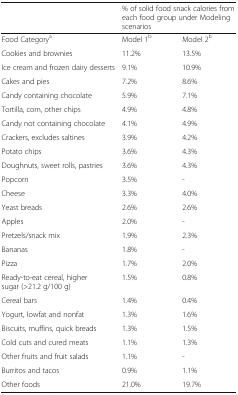
|  | <COLSPAN=2> % of solid food snack calories from each food group under Modeling scenarios |
 | --- | --- | --- |
 | Food Categorya | Model 1b | Model 2b |
 | Cookies and brownies | 11.2% | 13.5% |
 | Ice cream and frozen dairy desserts | 9.1% | 10.9% |
 | Cakes and pies | 7.2% | 8.6% |
 | Candy containing chocolate | 5.9% | 7.1% |
 | Tortilla, corn, other chips | 4.9% | 4.8% |
 | Candy not containing chocolate | 4.1% | 4.9% |
 | Crackers, excludes saltines | 3.9% | 4.2% |
 | Potato chips | 3.6% | 4.3% |
 | Doughnuts, sweet rolls, pastries | 3.6% | 4.3% |
 | Popcorn | 3.5% | - |
 | Cheese | 3.3% | 4.0% |
 | Yeast breads | 2.6% | 2.6% |
 | Apples | 2.0% | - |
 | Pretzels/snack mix | 1.9% | 2.3% |
 | Bananas | 1.8% | - |
 | Pizza | 1.7% | 2.0% |
 | Ready-to-eat cereal, higher sugar (>21.2 g/100 g) | 1.5% | 0.8% |
 | Cereal bars | 1.4% | 0.4% |
 | Yogurt, lowfat and nonfat | 1.3% | 1.6% |
 | Biscuits, muffins, quick breads | 1.3% | 1.5% |
 | Cold cuts and cured meats | 1.1% | 1.3% |
 | Other fruits and fruit salads | 1.1% | - |
 | Burritos and tacos | 0.9% | 1.1% |
 | Other foods | 21.0% | 19.7% |